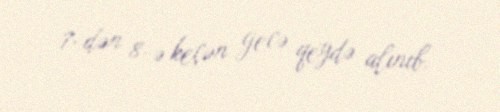
7-dən 8-ə keçən gecə qeydə alınıb.